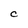
Character: C